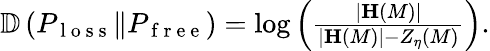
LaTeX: \begin{array}{r}{\mathbb{D}\left(P_{\mathrm{~l~o~s~s~}}\Vert P_{\mathrm{~f~r~e~e~}}\right)=\log\left(\frac{\vert\mathbf{H}\left(M\right)\vert}{\vert\mathbf{H}\left(M\right)\vert-Z_{\eta}\left(M\right)}\right).}\end{array}